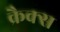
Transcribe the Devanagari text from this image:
क्रैक्स